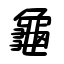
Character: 龜